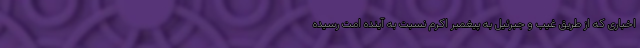
اخباری که از طریق غیب و جبرئیل به پیغمبر اکرم نسبت به آینده امت رسیده